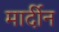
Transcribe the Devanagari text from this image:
मार्दीन